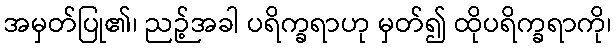
အမှတ်ပြု၏၊ ညဉ့်အခါ ပရိက္ခရာဟု မှတ်၍ ထိုပရိက္ခရာကို၊